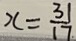
x = \frac { 3 1 } { 1 7 . }